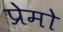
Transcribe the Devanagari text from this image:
प्रेमो